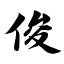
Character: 俊